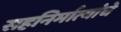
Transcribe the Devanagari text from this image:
सहनिर्मात्यांचे